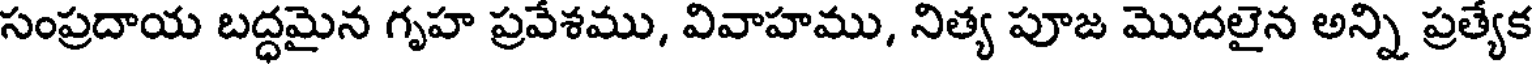
సంప్రదాయ బద్ధమైన గృహ ప్రవేశము, వివాహము, నిత్య పూజ మొదలైన అన్ని ప్రత్యేక